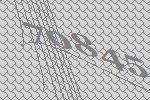
70845